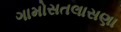
ગામોસતલાસણા